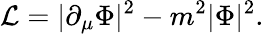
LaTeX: {\cal L}=|\partial_{\mu}\Phi|^{2}-m^{2}|\Phi|^{2}.